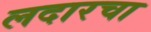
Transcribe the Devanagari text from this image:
लदारचा